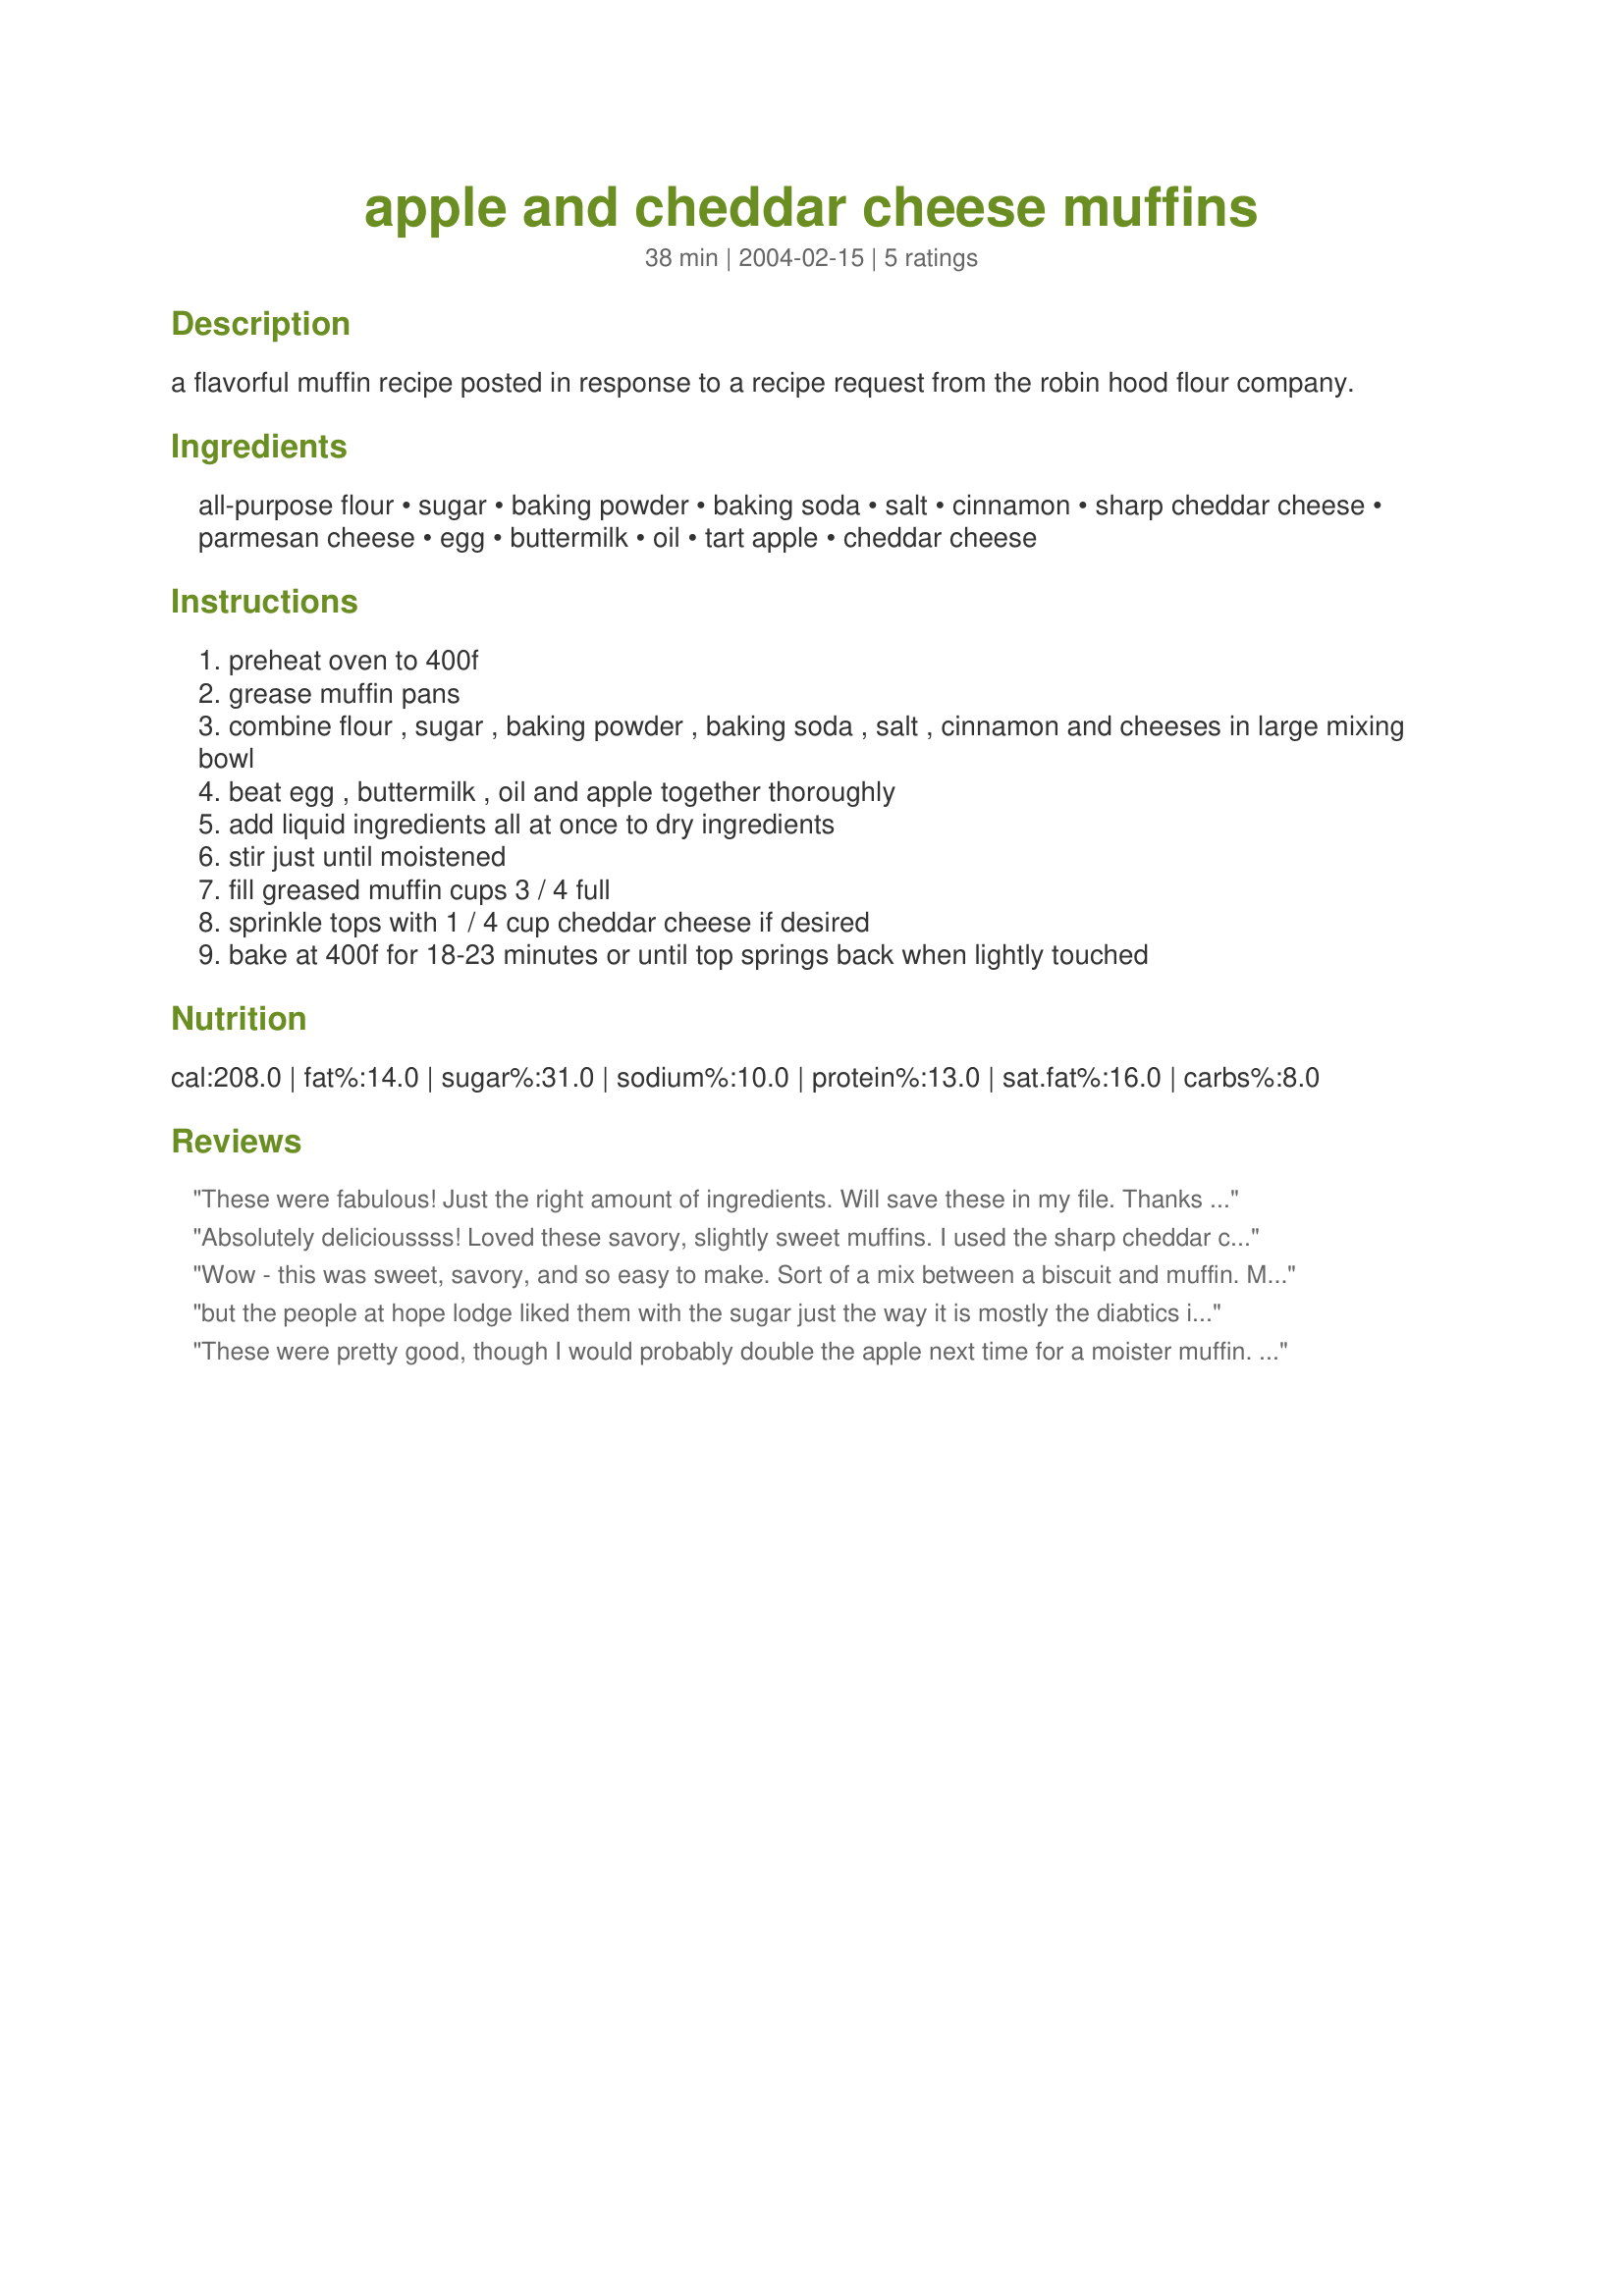
apple and cheddar cheese muffins
Preparation time: 38 minutes

a flavorful muffin recipe posted in response to a recipe request from the robin hood flour company.

Ingredients:
all-purpose flour, sugar, baking powder, baking soda, salt, cinnamon, sharp cheddar cheese, parmesan cheese, egg, buttermilk, oil, tart apple, cheddar cheese

Steps:
preheat oven to 400f
grease muffin pans
combine flour , sugar , baking powder , baking soda , salt , cinnamon and cheeses in large mixing bowl
beat egg , buttermilk , oil and apple together thoroughly
add liquid ingredients all at once to dry ingredients
stir just until moistened
fill greased muffin cups 3 / 4 full
sprinkle tops with 1 / 4 cup cheddar cheese if desired
bake at 400f for 18-23 minutes or until top springs back when lightly touched

Reviews:
These were fabulous! Just the right amount of ingredients. Will save these in my file. Thanks for posting this recipe.
Absolutely delicioussss! Loved these savory, slightly sweet muffins. I used the sharp cheddar cheese with the parmesan and topped them with a milder cheddar cheese. I will keep this recipe for sure in my favorites! Thanks alot for sharing.
Wow - this was sweet, savory, and so easy to make. Sort of a mix between a biscuit and muffin. My VERY picky DD gobbled it up. Think this would make a really good side with butternut squash soup. Thank you for sharing!
 but the people at hope lodge liked them with the sugar just the way it is mostly the diabtics i know my spelling is horrible
These were pretty good, though I would probably double the apple next time for a moister muffin. Great flavour combination!
